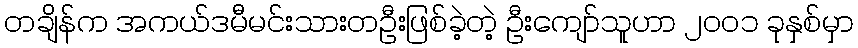
တချိန်က အကယ်ဒမီမင်းသားတဦးဖြစ်ခဲ့တဲ့ ဦးကျော်သူဟာ ၂၀၀၁ ခုနှစ်မှာ